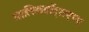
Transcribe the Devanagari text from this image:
मालिकवॉट्सएप्प